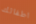
اطفالك